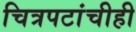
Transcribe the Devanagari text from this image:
चित्रपटांचीही